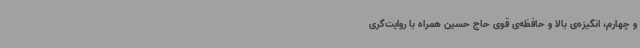
و چهارم، انگیزه‌ی بالا و حافظه‌ی قوی حاج حسین همراه با روایت‌گری